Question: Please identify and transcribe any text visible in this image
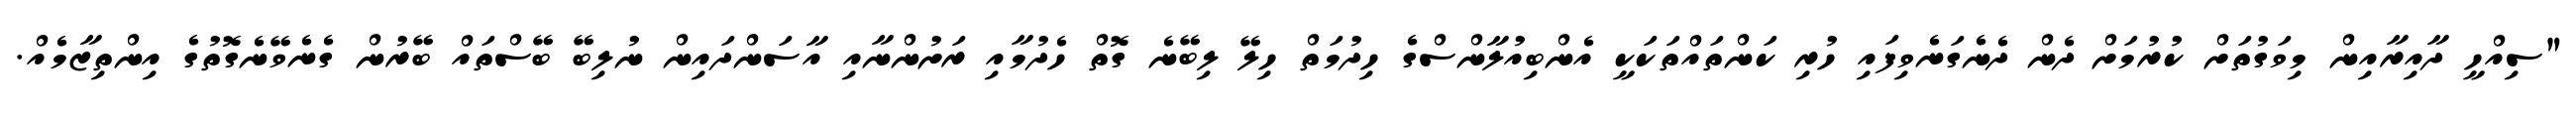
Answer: "ސިއްހީ ދާއިރާއިން މިވަގުތަށް ކުރުމަށް ދެން ދެނެގަނެވިފައި ހުރި ކަންތައްތަކަކީ އެންބިއުލާންސްގެ ހިދުމަތް ހިލޭ ލިބޭނެ ގޮތް ހެދުމާއި ރަށުންނާއި އާސަންދައިން ނުލިބޭ ބޭސްތައް ބޭރުން ގެނެވޭނެގޮތުގެ އިންތިޒާމެއް.